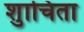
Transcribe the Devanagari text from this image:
शुाचिता